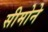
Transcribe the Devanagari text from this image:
सीमोने